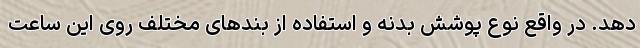
دهد. در واقع نوع پوشش بدنه و استفاده از بندهای مختلف روی این ساعت